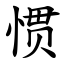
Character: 惯